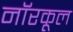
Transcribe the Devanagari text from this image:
नॉरकूल